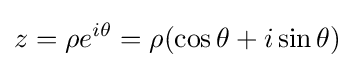
z=\rho e^{i\theta }=\rho (\cos \theta +i\sin \theta )